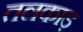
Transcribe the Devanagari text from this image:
तलकाड़